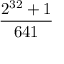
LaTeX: \frac { 2 ^ { 3 2 } + 1 } { 6 4 1 }